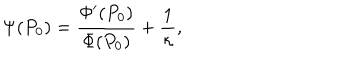
\Psi ( P _ { 0 } ) = \frac { \Phi ^ { \prime } ( P _ { 0 } ) } { \Phi ( P _ { 0 } ) } + \frac 1 \kappa ,